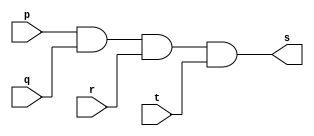
// ------------------------- 
// Exercicio01-08 - AND com 4 portas
// Nome: Lucas Siqueira Chagas 
// ------------------------- 
// ------------------------- 
// -- and gate com 3 portas
// ------------------------- 
module andgate ( output s, 
input p, 
input q,
input r,
input t
); 
assign s = p & q & r & t; 
endmodule // andgate 
// --------------------- 
// -- test and gate 
// --------------------- 
module testandgate; 
// ------------------------- dados locais 
reg a, b, c, d; // definir registradores 
wire s; // definir conexao (fio) 
// ------------------------- instancia 
andgate AND1 (s, a, b, c, d); 
// ------------------------- preparacao 
initial begin:start 
// atribuicao simultanea 
// dos valores iniciais 
a=0; b=0; c=0; d=0;
end 
// ------------------------- parte principal 
initial begin 
$display("Exercicio01-08 - Lucas Siqueira Chagas - 380783"); 
$display("Test AND gate com 4 portas"); 
$display("\na & b & c & d = s\n"); 
$monitor("(%b & %b & %b & %b ) = %b", a, b, c, d, s);
#1 a=0; b=0; c=0; d=0; 
#1 a=0; b=0; c=0; d=1;
#1 a=0; b=0; c=1; d=0;
#1 a=0; b=0; c=1; d=1;
#1 a=0; b=1; c=0; d=0;
#1 a=0; b=1; c=0; d=1;
#1 a=0; b=1; c=1; d=0;
#1 a=0; b=1; c=1; d=1;
#1 a=1; b=0; c=0; d=0; 
#1 a=1; b=0; c=0; d=1;
#1 a=1; b=0; c=1; d=0;
#1 a=1; b=0; c=1; d=1;
#1 a=1; b=1; c=0; d=0;
#1 a=1; b=1; c=0; d=1;
#1 a=1; b=1; c=1; d=0;
#1 a=1; b=1; c=1; d=1;
end 
endmodule